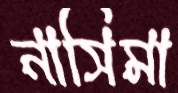
নাসিমা